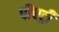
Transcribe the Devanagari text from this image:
पीचट्री